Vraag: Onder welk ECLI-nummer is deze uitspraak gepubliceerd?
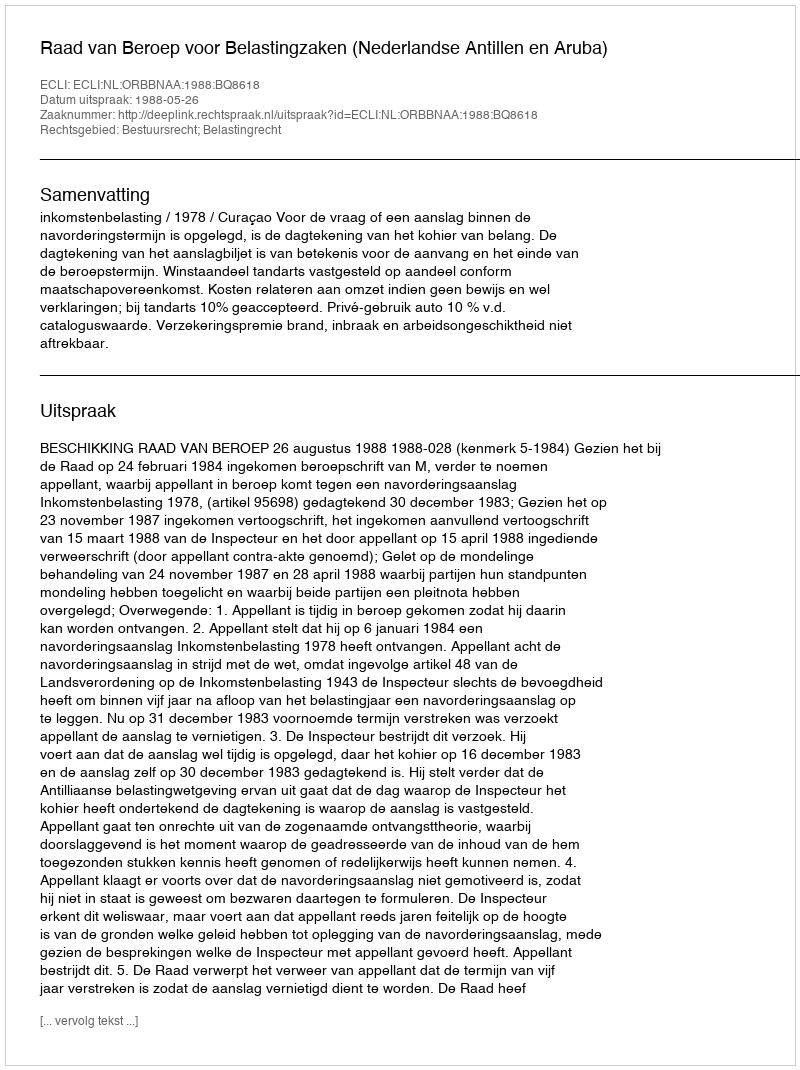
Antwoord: ECLI:NL:ORBBNAA:1988:BQ8618